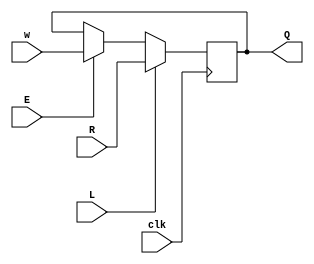
module top_module (
    input clk,
    input w, R, E, L,
    output Q
);
    wire t1, t2;
    
    assign t1 = E? w : Q;
    assign t2 = L? R : t1;
    
    always @(posedge clk)
        Q <= t2;

endmodule